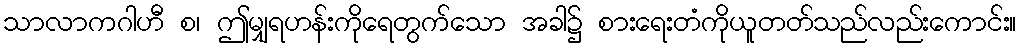
သာလာကဂါဟီ စ၊ ဤမျှရဟန်းကိုရေတွက်သော အခါ၌ စားရေးတံကိုယူတတ်သည်လည်းကောင်း။